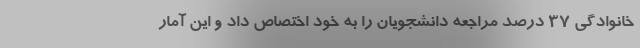
خانوادگی ۳۷ درصد مراجعه دانشجویان را به خود اختصاص داد و این آمار